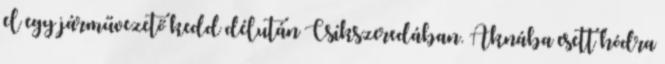
el egy járművezető kedd délután Csíkszeredában. Aknába esett hódra